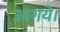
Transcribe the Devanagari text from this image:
आगये।